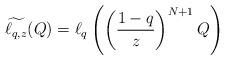
LaTeX: \begin{align*} \widetilde{\ell_{q,z}}(Q) = \ell_q \left( \left( \frac{1-q}{z} \right)^{N+1} Q \right) \end{align*}